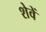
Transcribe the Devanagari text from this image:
शेवें